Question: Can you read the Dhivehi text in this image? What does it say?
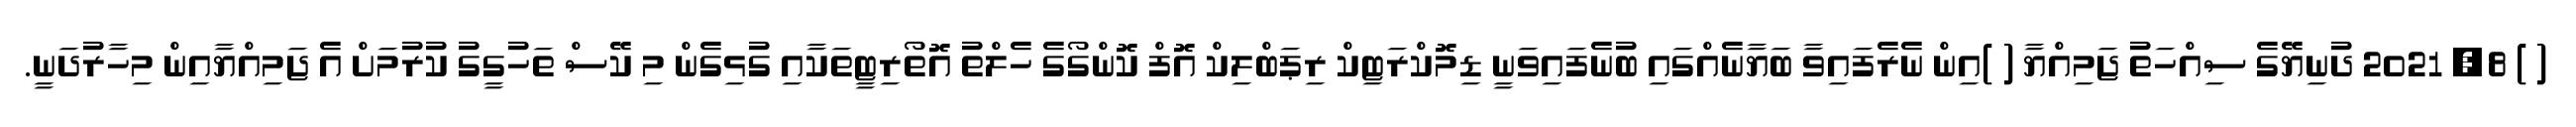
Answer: ( ) 8, 2021 ދުނިޔޭގެ ސިއްހަތު ޖަމިއްޔާ ( )އިން ނެރެފައިވާ ބަޔާނެއްގައި ބުނެފައިވަނީ ޑިމޮކްރަޓިކް ރިޕަބްލިކް އޮފް ކޮންގޯގެ ހެލްތު އޮތޯރިޓީތަކާއި ގުޅިގެން މި ކޭސް ތަހުގީގު ކުރުމަށް އެ ޖަމިއްޔާއިން މިހާރުދަނީ.